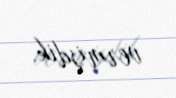
vermişdik.